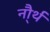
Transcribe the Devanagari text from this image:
नौ्र्थ